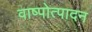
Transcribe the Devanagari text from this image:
वाष्पोत्पादन